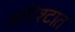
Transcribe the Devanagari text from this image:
अद्दिश्टात